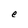
Character: e